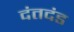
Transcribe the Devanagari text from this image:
दंतदंड